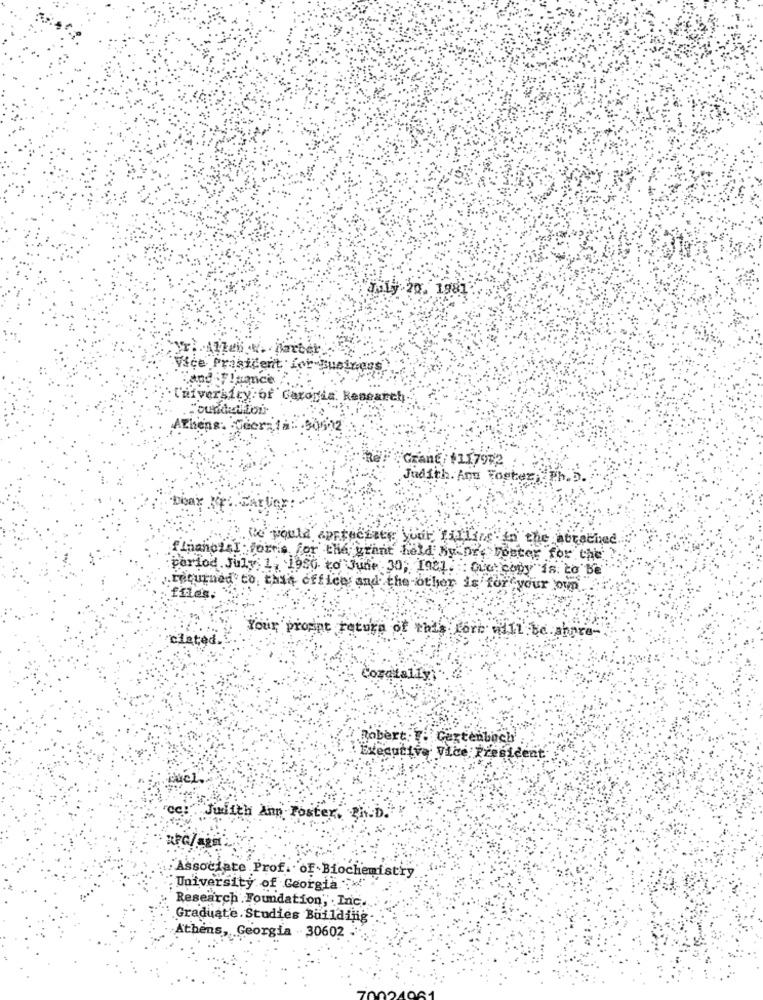
July 20. 1981
Prisicen
mce
iversiry:or Garoria. Research
iens.
Geer
Grant/$117972
Judith. Anm Foster,Ph.D.
Dieax
. We would appreciate your, filling to the attached
{ Lianozal formie for the grant held By Dr. bester for the
period. July 1, 1980 to June 30, In81. : Die copy is to be
.returned to, this officerand the other is for your own
file's
ciated.
Your prompt return of this fore will be.ahora-
oratalíyi
Robert: { Certenbuch'
Executive Vice President
Judith Ann Foster, Ph.D.
Associate Prof. OF Biochemistry
University of Georgia "
Research Foundation" . Inc.
Graduate. Studies Building
Athens, Georgia - 30602